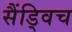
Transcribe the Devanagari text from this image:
सैंड्विच